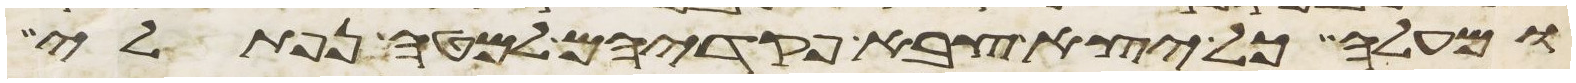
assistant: ומעלה כל יצא צבא פקדיהם למטה נפתלי